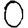
Digit: 0